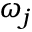
\omega _ { j }